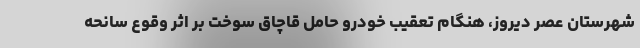
شهرستان عصر دیروز، هنگام تعقیب خودرو حامل قاچاق سوخت بر اثر وقوع سانحه